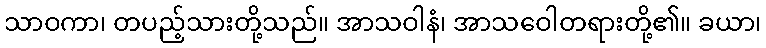
သာဝကာ၊ တပည့်သားတို့သည်။ အာသဝါနံ၊ အာသဝေါတရားတို့၏။ ခယာ၊